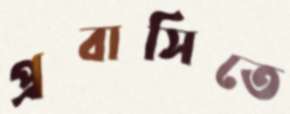
প্রবাসিতে